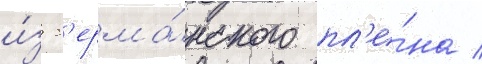
и́з г'ерма́нского пл'е́на /